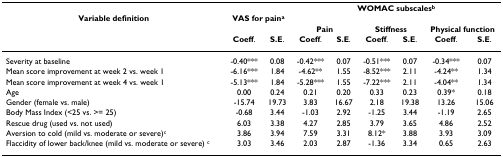
<table><thead><tr><td></td><td colspan="2"></td><td colspan="6"><b>WOMAC subscales<sup>b</sup></b></td></tr><tr><td><b>Variable definition</b></td><td colspan="2"><b>VAS for pain<sup>a</sup></b></td><td colspan="6"></td></tr><tr><td></td><td></td><td></td><td colspan="2"><b>Pain</b></td><td colspan="2"><b>Stiffness</b></td><td colspan="2"><b>Physical function</b></td></tr><tr><td></td><td><b>Coeff.</b></td><td><b>S.E.</b></td><td><b>Coeff.</b></td><td><b>S.E.</b></td><td><b>Coeff.</b></td><td><b>S.E.</b></td><td><b>Coeff.</b></td><td><b>S.E.</b></td></tr></thead><tbody><tr><td>Severity at baseline</td><td>-0.40***</td><td>0.08</td><td>-0.42***</td><td>0.07</td><td>-0.51***</td><td>0.07</td><td>-0.34***</td><td>0.07</td></tr><tr><td>Mean score improvement at week 2 vs. week 1</td><td>-6.16***</td><td>1.84</td><td>-4.62**</td><td>1.55</td><td>-8.52***</td><td>2.11</td><td>-4.24**</td><td>1.34</td></tr><tr><td>Mean score improvement at week 4 vs. week 1</td><td>-5.13***</td><td>1.84</td><td>-5.28***</td><td>1.55</td><td>-7.22***</td><td>2.11</td><td>-4.04**</td><td>1.34</td></tr><tr><td>Age</td><td>0.00</td><td>0.24</td><td>0.21</td><td>0.20</td><td>0.33</td><td>0.23</td><td>0.39*</td><td>0.18</td></tr><tr><td>Gender (female vs. male)</td><td>-15.74</td><td>19.73</td><td>3.83</td><td>16.67</td><td>2.18</td><td>19.38</td><td>13.26</td><td>15.06</td></tr><tr><td>Body Mass Index (&lt;25 vs. &gt;= 25)</td><td>-0.68</td><td>3.44</td><td>-1.03</td><td>2.92</td><td>-1.25</td><td>3.44</td><td>-1.19</td><td>2.65</td></tr><tr><td>Rescue drug (used vs. not used)</td><td>6.03</td><td>3.38</td><td>4.27</td><td>2.85</td><td>3.79</td><td>3.65</td><td>4.86</td><td>2.52</td></tr><tr><td>Aversion to cold (mild vs. moderate or severe)<sup>c</sup></td><td>3.86</td><td>3.94</td><td>7.59</td><td>3.31</td><td>8.12*</td><td>3.88</td><td>3.93</td><td>3.09</td></tr><tr><td>Flaccidity of lower back/knee (mild vs. moderate or severe) <sup>c</sup></td><td>3.03</td><td>3.46</td><td>2.03</td><td>2.87</td><td>-1.36</td><td>3.34</td><td>0.65</td><td>2.63</td></tr></tbody></table>